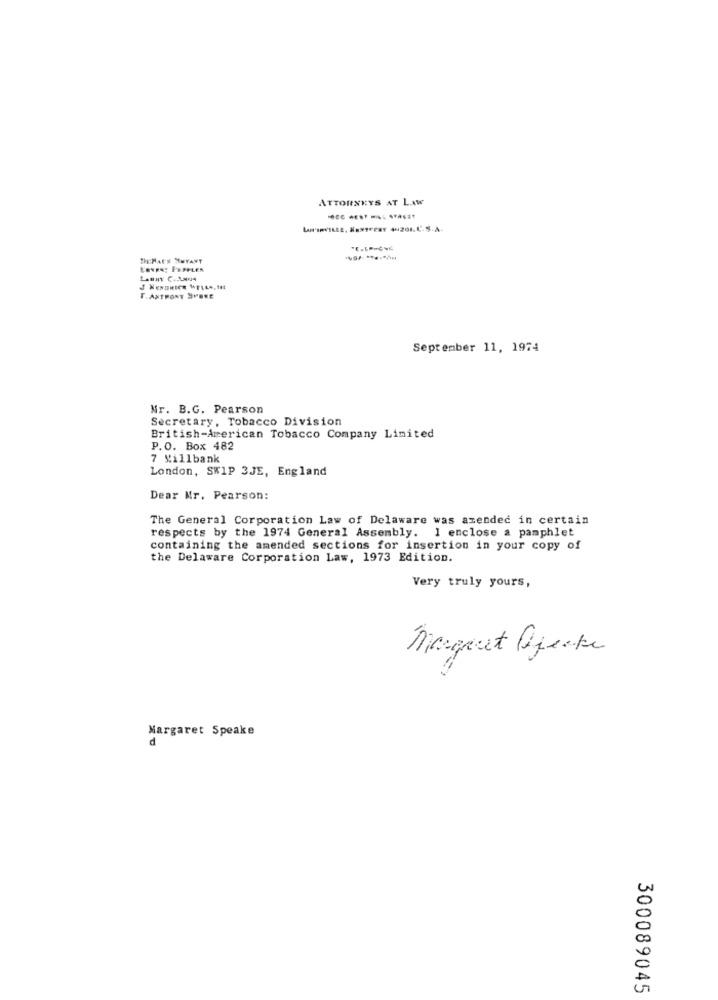
ATTORNEYS AT LAW
THEMAC'S HWYANT
T. ANTHONY SVENE
September 11, 1974
Nr. B.G. Pearson
Secretary, Tobacco Division
British-American Tobacco Company Limited
P.O. Box 482
7 Killbank
London, SKIP 3JE, England
Dear Mr. Pearson:
The General Corporation Law of Delaware was amended in certain
respects by the 1974 General Assembly. 1 enclose a pamphlet
containing the amended sections for insertion in your copy of
the Delaware Corporation Law, 1973 Edition.
Very truly yours,
Margaret Defecte
Margaret Speake
300089045